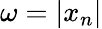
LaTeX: \omega=|x_{n}|